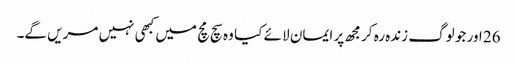
26 اور جو لوگ زندہ رہ کر مجھ پر ایمان لا ئے کیا وہ سچ مچ میں کبھی نہیں مریں گے۔